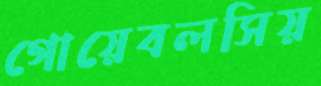
গোয়েবলসিয়